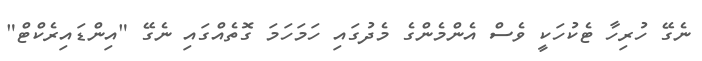
ނެގޭ ހުރިހާ ޓެކުހަކީ ވެސް އެންމެންގެ މެދުގައި ހަމަހަމަ ގޮތެއްގައި ނެގޭ "އިންޑައިރެކްޓް"